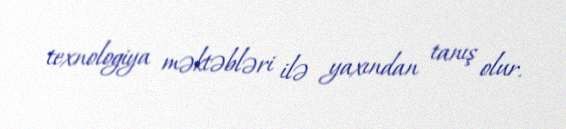
texnologiya məktəbləri ilə yaxından tanış olur.